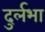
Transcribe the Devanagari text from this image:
दुर्लभा